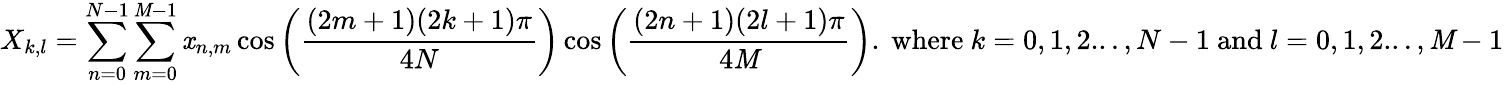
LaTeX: X_{k,l}=\sum_{n=0}^{N-1}\sum_{m=0}^{\mathit{M}-1}\mathit{x}_{n,m}\cos\left({\frac{{(2m+1)(2k+1)\pi}}{{4N}}}\right)\cos\left({\frac{{(2n+1)(2l+1)\pi}}{{4\mathit{M}}}}\right){\mathrm{{.~where~}}}k=0,1,2...,N-1{\mathrm{{~and~}}}l=0,1,2...,\mathit{M}-1